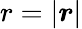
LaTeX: r=\left|\boldsymbol{r}\right|